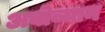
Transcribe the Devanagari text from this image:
अबोव्यान